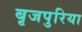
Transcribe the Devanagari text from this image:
बृजपुरिया